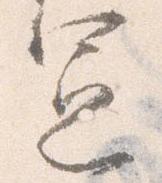
憲